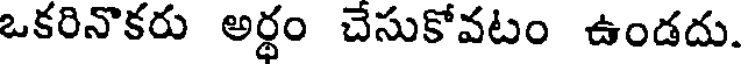
ఒకరినొకరు అర్థం చేసుకోవటం ఉండదు.